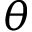
\theta